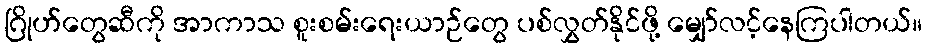
ဂြိုဟ်တွေဆီကို အာကာသ စူးစမ်းရေးယာဉ်တွေ ပစ်လွှတ်နိုင်ဖို့ မျှော်လင့်နေကြပါတယ်။